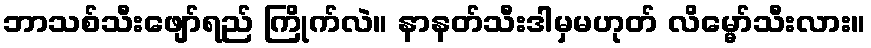
ဘာသစ်သီးဖျော်ရည် ကြိုက်လဲ။ နာနတ်သီးဒါမှမဟုတ် လိမ္မော်သီးလား။